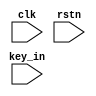
module key (
    input   wire            clk     ,
    input   wire            rstn    ,
    input   wire    [3:0]   key_in  

);

endmodule //key